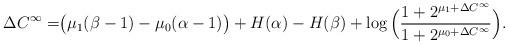
LaTeX: \begin{align*}\Delta{C}^\infty=&\big(\mu_1(\beta-1)-\mu_0(\alpha-1)\big)+H(\alpha)-H(\beta)+\log\Big(\frac{1+2^{\mu_1+\Delta{C}^{\infty}}}{1+2^{\mu_0+\Delta{C}^{\infty}}}\Big).\end{align*}